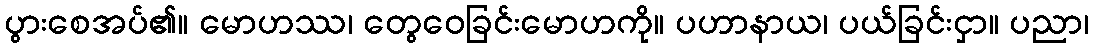
ပွားစေအပ်၏။ မောဟဿ၊ တွေဝေခြင်းမောဟကို။ ပဟာနာယ၊ ပယ်ခြင်းငှာ။ ပညာ၊